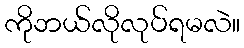
ကိုဘယ်လိုလုပ်ရမလဲ။